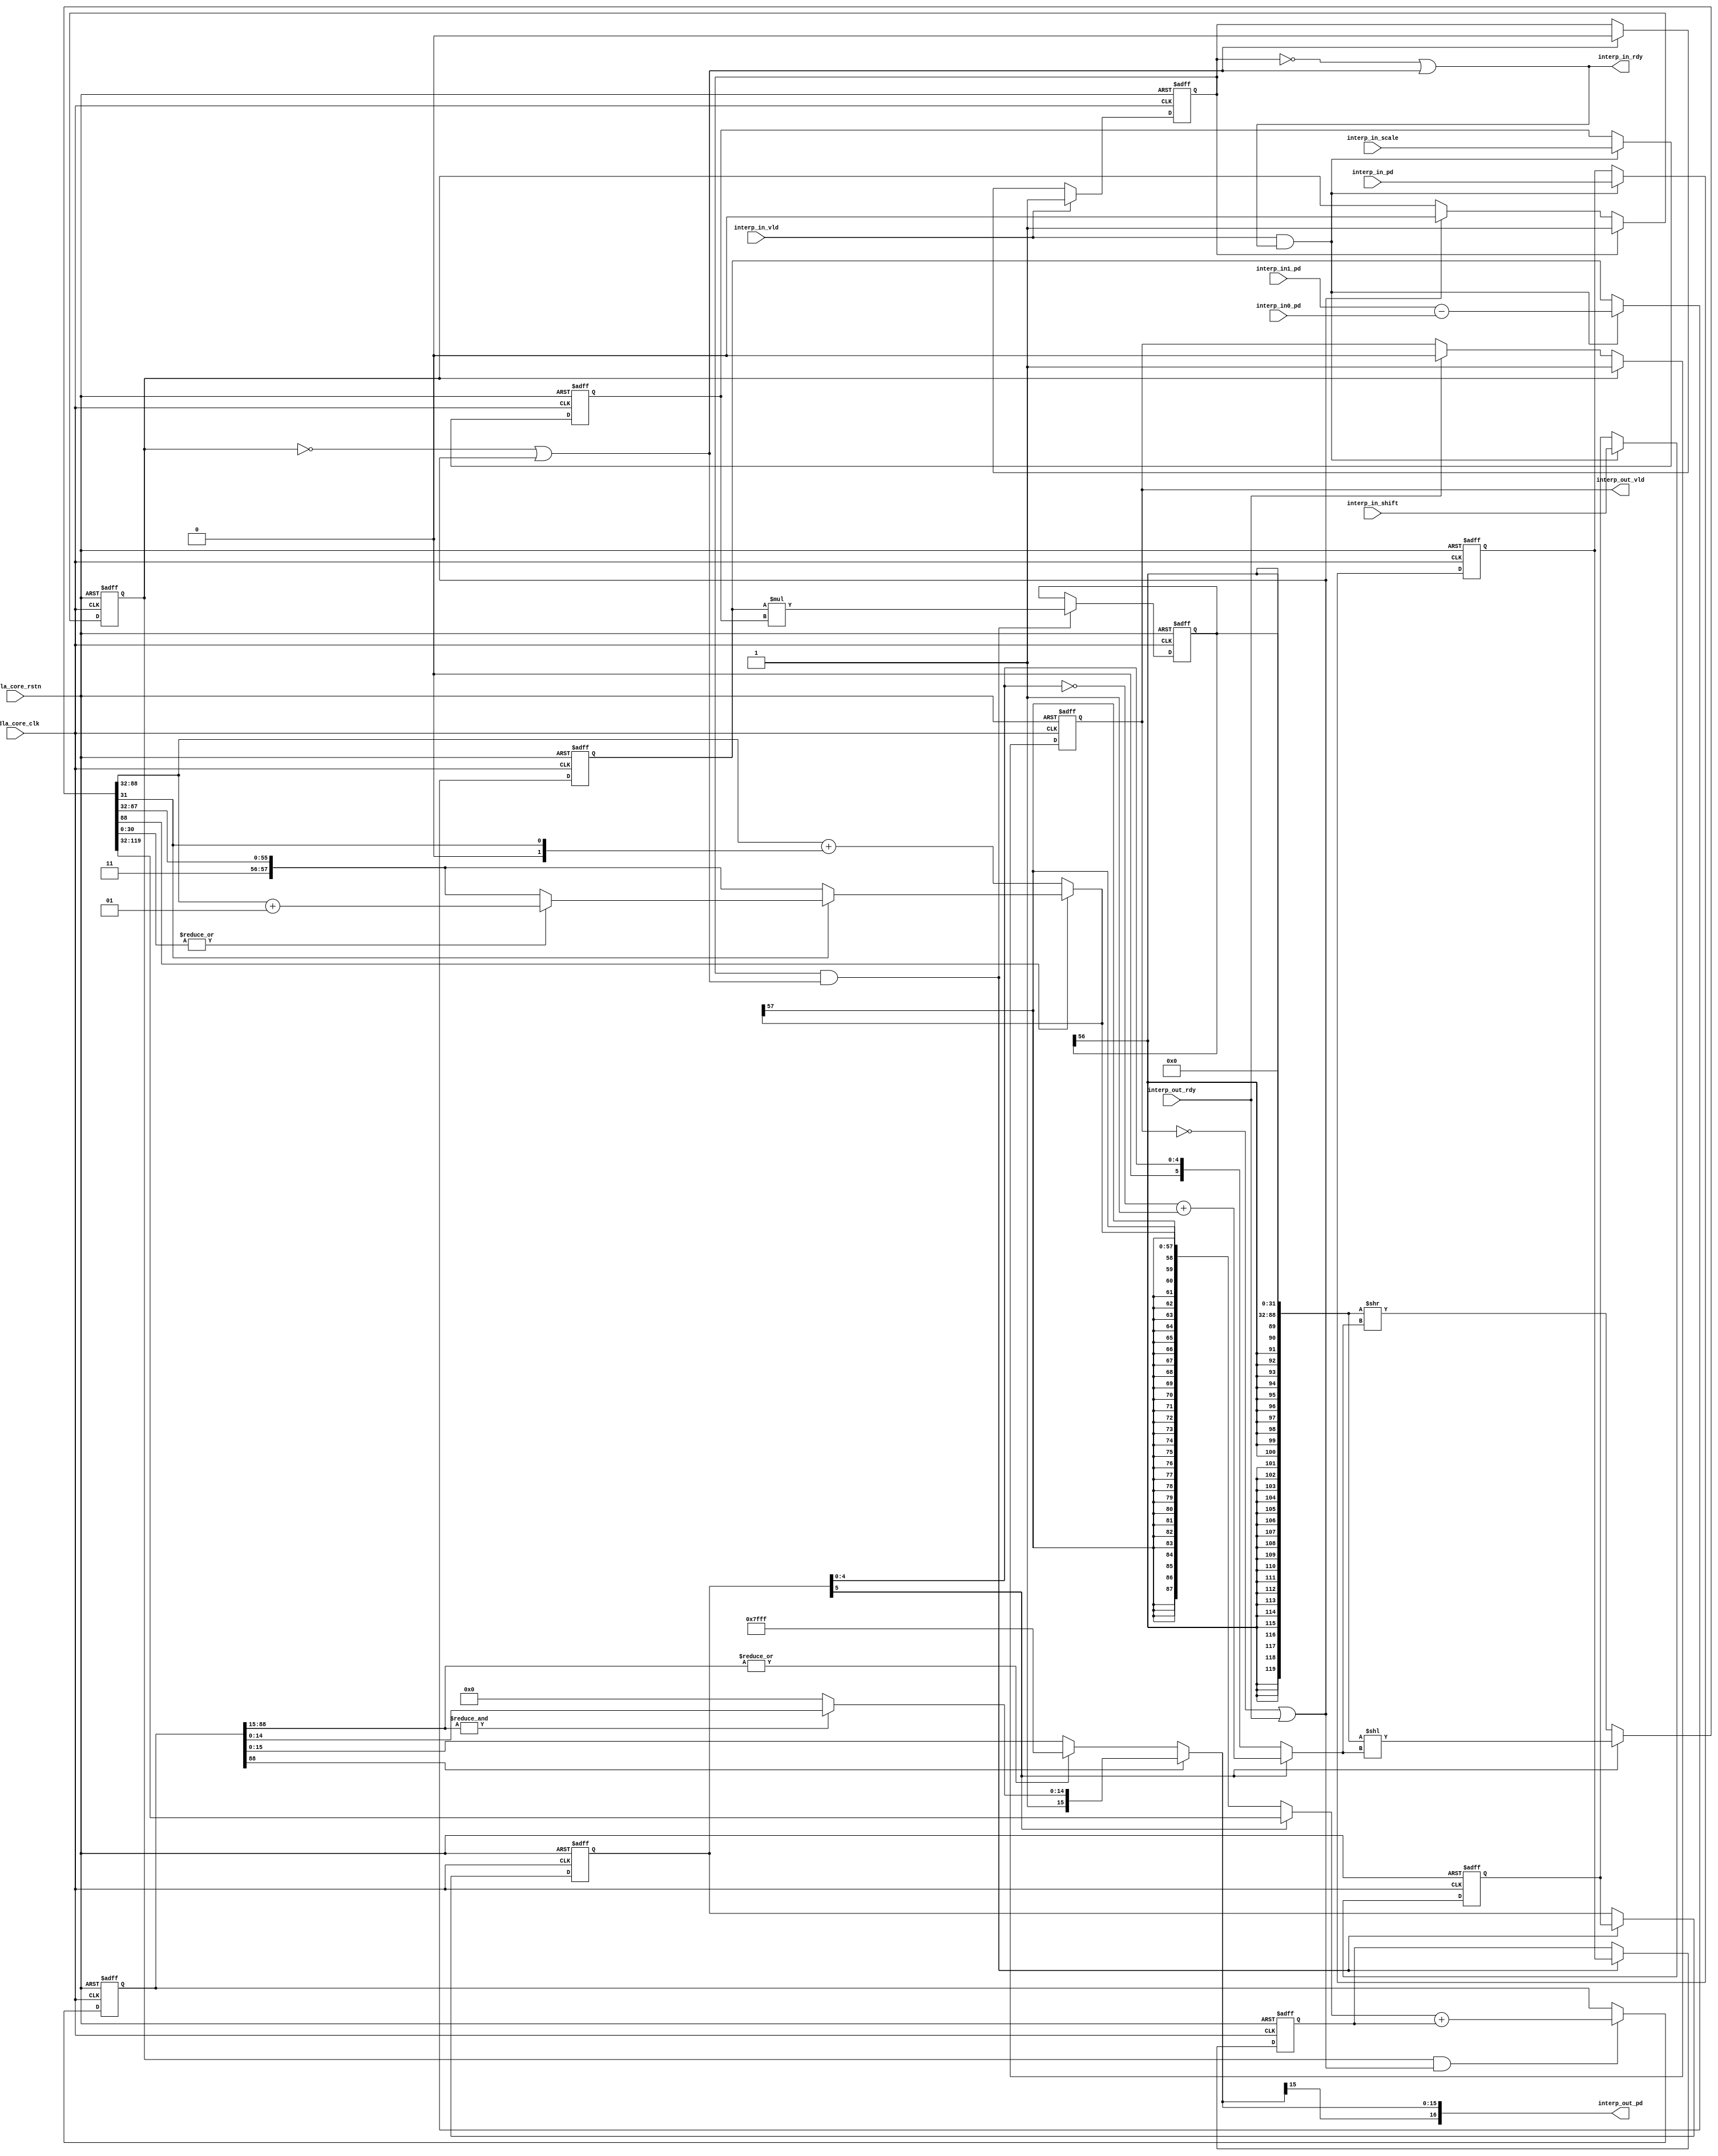
// ================================================================
// NVDLA Open Source Project
//
// Copyright(c) 2016 - 2017 NVIDIA Corporation. Licensed under the
// NVDLA Open Hardware License; Check "LICENSE" which comes with
// this distribution for more information.
// ================================================================
module NV_NVDLA_CDP_DP_INTP_unit (
   nvdla_core_clk
  ,nvdla_core_rstn
  ,interp_in0_pd
  ,interp_in1_pd
  ,interp_in_pd
  ,interp_in_scale
  ,interp_in_shift
  ,interp_in_vld
  ,interp_out_rdy
  ,interp_in_rdy
  ,interp_out_pd
  ,interp_out_vld
  );
/////////////////////////////////////////////////////////////////
input nvdla_core_clk;
input nvdla_core_rstn;
input [38:0] interp_in0_pd;
input [37:0] interp_in1_pd;
input [16:0] interp_in_pd;
input [16:0] interp_in_scale;
input [5:0] interp_in_shift;
input interp_in_vld;
input interp_out_rdy;
output interp_in_rdy;
output [16:0] interp_out_pd;
output interp_out_vld;
/////////////////////////////////////////////////////////////////
reg [88:0] int_add;
reg [56:0] int_mul;
reg [57:0] int_mul_for_Rshift;
reg [39:0] int_sub;
reg int_vld_d0;
reg int_vld_d1;
reg int_vld_d2;
reg [16:0] interp_in0_pd_d0;
reg [16:0] interp_in0_pd_d1;
reg [16:0] interp_in_offset_d0;
reg [5:0] interp_in_shift_d0;
reg [5:0] interp_in_shift_d1;
wire int_in_load;
wire int_in_load_d0;
wire int_in_load_d1;
wire int_in_rdy;
wire int_in_vld;
wire [15:0] int_interp_out_pd;
wire [87:0] int_mul_rs;
wire [31:0] int_mul_shift_frac;
wire [87:0] int_mul_shift_int;
wire int_rdy_d0;
wire int_rdy_d1;
wire int_rdy_d2;
wire [5:0] interp_in_shift_abs;
wire [4:0] intp_in_shift_inv;
wire [5:0] intp_in_shift_inv_inc;
/////////////////////////////////////////////////////////////////
///////////////////////////////////////////
//interp_in_vld
assign interp_in_rdy = int_in_rdy;
///////////////////////////////////////////
assign int_in_vld = interp_in_vld;
assign int_in_rdy = ~int_vld_d0 | int_rdy_d0;
assign int_in_load = int_in_vld & int_in_rdy;
///////////////////
//X1-X0
always @(posedge nvdla_core_clk or negedge nvdla_core_rstn) begin
  if (!nvdla_core_rstn) begin
    int_sub[39:0] <= {40{1'b0}};
    interp_in0_pd_d0 <= {17{1'b0}};
    interp_in_offset_d0 <= {17{1'b0}};
    interp_in_shift_d0 <= {6{1'b0}};
  end else begin
    if(int_in_load) begin
        int_sub[39:0] <= $signed({interp_in1_pd[37],interp_in1_pd[37:0]}) - $signed(interp_in0_pd[38:0]);
        interp_in0_pd_d0 <= interp_in_pd[16:0];
        interp_in_offset_d0 <= interp_in_scale[16:0];
        interp_in_shift_d0 <= interp_in_shift[5:0];
    end
  end
end
always @(posedge nvdla_core_clk or negedge nvdla_core_rstn) begin
  if (!nvdla_core_rstn) begin
    int_vld_d0 <= 1'b0;
  end else begin
    if(int_in_vld)
        int_vld_d0 <= 1'b1;
    else if(int_rdy_d0)
        int_vld_d0 <= 1'b0;
  end
end
assign int_rdy_d0 = ~int_vld_d1 | int_rdy_d1;
assign int_in_load_d0 = int_vld_d0 & int_rdy_d0;
///////////////////
//(X1-X0)*frac
always @(posedge nvdla_core_clk or negedge nvdla_core_rstn) begin
  if (!nvdla_core_rstn) begin
    int_mul[56:0] <= {57{1'b0}};
    interp_in0_pd_d1 <= {17{1'b0}};
    interp_in_shift_d1 <= {6{1'b0}};
  end else begin
    if(int_in_load_d0) begin
        int_mul[56:0] <= $signed(int_sub[39:0]) * $signed(interp_in_offset_d0);
        interp_in0_pd_d1 <= interp_in0_pd_d0[16:0];
        interp_in_shift_d1 <= interp_in_shift_d0[5:0];
    end
  end
end
//>>16 proc for ((X1-X0)*frac) >>16
assign intp_in_shift_inv[4:0] = ~interp_in_shift_d1[4:0];
assign intp_in_shift_inv_inc[5:0] = intp_in_shift_inv[4:0] + 5'd1;
assign interp_in_shift_abs[5:0] = interp_in_shift_d1[5] ? intp_in_shift_inv_inc[5:0]: interp_in_shift_d1[5:0];
`ifdef SPYGLASS_ASSERT_ON
`else
// spyglass disable_block NoWidthInBasedNum-ML
// spyglass disable_block STARC-2.10.3.2a
// spyglass disable_block STARC05-2.1.3.1
// spyglass disable_block STARC-2.1.4.6
// spyglass disable_block W116
// spyglass disable_block W154
// spyglass disable_block W239
// spyglass disable_block W362
// spyglass disable_block WRN_58
// spyglass disable_block WRN_61
`endif // SPYGLASS_ASSERT_ON
`ifdef ASSERT_ON
`ifdef FV_ASSERT_ON
`define ASSERT_RESET nvdla_core_rstn
`else
`ifdef SYNTHESIS
`define ASSERT_RESET nvdla_core_rstn
`else
`ifdef ASSERT_OFF_RESET_IS_X
`define ASSERT_RESET ((1'bx === nvdla_core_rstn) ? 1'b0 : nvdla_core_rstn)
`else
`define ASSERT_RESET ((1'bx === nvdla_core_rstn) ? 1'b1 : nvdla_core_rstn)
`endif // ASSERT_OFF_RESET_IS_X
`endif // SYNTHESIS
`endif // FV_ASSERT_ON
// VCS coverage off
  nv_assert_never #(0,0,"CDP_out of range shifter abs shouldn't out of data range of signed-int6") zzz_assert_never_1x (nvdla_core_clk, `ASSERT_RESET, int_in_load_d1 & ((interp_in_shift_d1[5] & (interp_in_shift_abs > 6'd32)) | ((~interp_in_shift_d1[5]) & (interp_in_shift_abs > 6'd31)))); // spyglass disable W504 SelfDeterminedExpr-ML 
// VCS coverage on
`undef ASSERT_RESET
`endif // ASSERT_ON
`ifdef SPYGLASS_ASSERT_ON
`else
// spyglass enable_block NoWidthInBasedNum-ML
// spyglass enable_block STARC-2.10.3.2a
// spyglass enable_block STARC05-2.1.3.1
// spyglass enable_block STARC-2.1.4.6
// spyglass enable_block W116
// spyglass enable_block W154
// spyglass enable_block W239
// spyglass enable_block W362
// spyglass enable_block WRN_58
// spyglass enable_block WRN_61
`endif // SPYGLASS_ASSERT_ON
assign {int_mul_shift_int[87:0],int_mul_shift_frac[31:0]} = interp_in_shift_d1[5] ? {{{31{int_mul[56]}}, int_mul[56:0]},32'd0} << interp_in_shift_abs[5:0] : {{{31{int_mul[56]}}, int_mul[56:0]},32'd0} >> interp_in_shift_abs[5:0];
//rounding process for right shift
always @(
  int_mul_shift_int
  or int_mul_shift_frac
  ) begin
//if(int_mul_shift_int[55]) begin
    if(int_mul_shift_int[56]) begin
        if(int_mul_shift_frac[31]) begin
            if(~(|int_mul_shift_frac[30:0]))
                int_mul_for_Rshift = {int_mul_shift_int[56],int_mul_shift_int[56:0]};
            else
                int_mul_for_Rshift = $signed(int_mul_shift_int[56:0]) + $signed({56'd0,1'b1});
        end else begin
            int_mul_for_Rshift = {int_mul_shift_int[56],int_mul_shift_int[56:0]};
        end
    end else begin
        int_mul_for_Rshift = $signed(int_mul_shift_int[56:0]) + $signed({56'd0,int_mul_shift_frac[31]});
    end
end
assign int_mul_rs[87:0] = interp_in_shift_d1[5] ? int_mul_shift_int[87:0] : ({{30{int_mul_for_Rshift[57]}}, int_mul_for_Rshift[57:0]});
always @(posedge nvdla_core_clk or negedge nvdla_core_rstn) begin
  if (!nvdla_core_rstn) begin
    int_vld_d1 <= 1'b0;
  end else begin
    if(int_vld_d0)
        int_vld_d1 <= 1'b1;
    else if(int_rdy_d1)
        int_vld_d1 <= 1'b0;
  end
end
assign int_rdy_d1 = ~int_vld_d2 | int_rdy_d2;
assign int_in_load_d1 = int_vld_d1 & int_rdy_d1;
//Xo = X0+[(X1-X0)*frac>>16]
always @(posedge nvdla_core_clk or negedge nvdla_core_rstn) begin
  if (!nvdla_core_rstn) begin
    int_add[88:0] <= {89{1'b0}};
  end else begin
    if(int_in_load_d1) begin
        int_add[88:0] <= $signed(int_mul_rs[87:0]) + $signed({{71{interp_in0_pd_d1[16]}}, interp_in0_pd_d1[16:0]});
    end
  end
end
assign int_interp_out_pd[15:0] = int_add[88] ? (&int_add[88:15] ? {int_add[88],int_add[14:0]} : 16'h8000) : (|int_add[88:15] ? 16'h7fff : int_add[15:0]);
always @(posedge nvdla_core_clk or negedge nvdla_core_rstn) begin
  if (!nvdla_core_rstn) begin
    int_vld_d2 <= 1'b0;
  end else begin
    if(int_vld_d1)
        int_vld_d2 <= 1'b1;
    else if(int_rdy_d2)
        int_vld_d2 <= 1'b0;
  end
end
assign int_rdy_d2 = interp_out_rdy;
//////////////////////////////////////////////////////////////////////////////////////////////
//////////////////////////////////////////////////////////////////////////////////////////////
assign interp_out_vld = int_vld_d2;
assign interp_out_pd[16:0] = {int_interp_out_pd[15],int_interp_out_pd[15:0]};
///////////////////////////////////////////
endmodule // NV_NVDLA_CDP_DP_INTP_unit